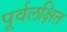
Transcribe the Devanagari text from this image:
पूर्वलक्षित